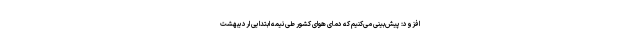
افزود: پیش‌بینی می‌کنیم که دمای هوای کشور طی نیمه ابتدایی اردیبهشت